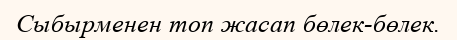
Сыбырменен топ жасап бөлек-бөлек.